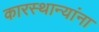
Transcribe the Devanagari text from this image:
कारस्थान्यांना